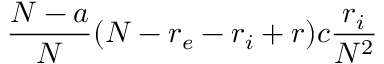
\frac { N - a } { N } ( N - r _ { e } - r _ { i } + r ) c \frac { r _ { i } } { N ^ { 2 } }